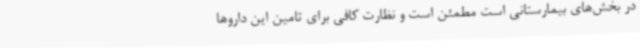
در بخش‌های بیمارستانی است مطمئن است و نظارت کافی برای تامین این داروها